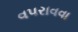
વપરાવવા